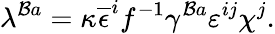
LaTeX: \lambda^{\mathcal{B}a}=\kappa\overline{{{{\epsilon}}}}^{i}f^{-1}\gamma^{\mathcal{B}a}\varepsilon^{ij}\chi^{j}.